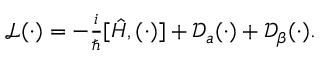
\begin{array} { r } { \mathcal L ( \cdot ) = - \frac { i } { \hbar } [ \hat { H } , ( \cdot ) ] + \mathcal D _ { a } ( \cdot ) + \mathcal D _ { \beta } ( \cdot ) . } \end{array}